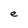
Character: e